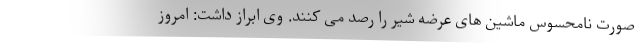
صورت نامحسوس ماشین های عرضه شیر را رصد می کنند. وی ابراز داشت: امروز